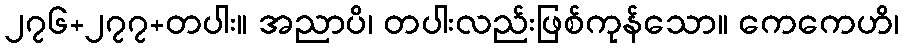
၂၇၆+၂၇၇+တပါး။ အညာပိ၊ တပါးလည်းဖြစ်ကုန်သော။ ကေကေဟိ၊